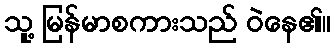
သူ့ မြန်မာစကားသည် ဝဲနေ၏။